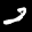
Label: 2